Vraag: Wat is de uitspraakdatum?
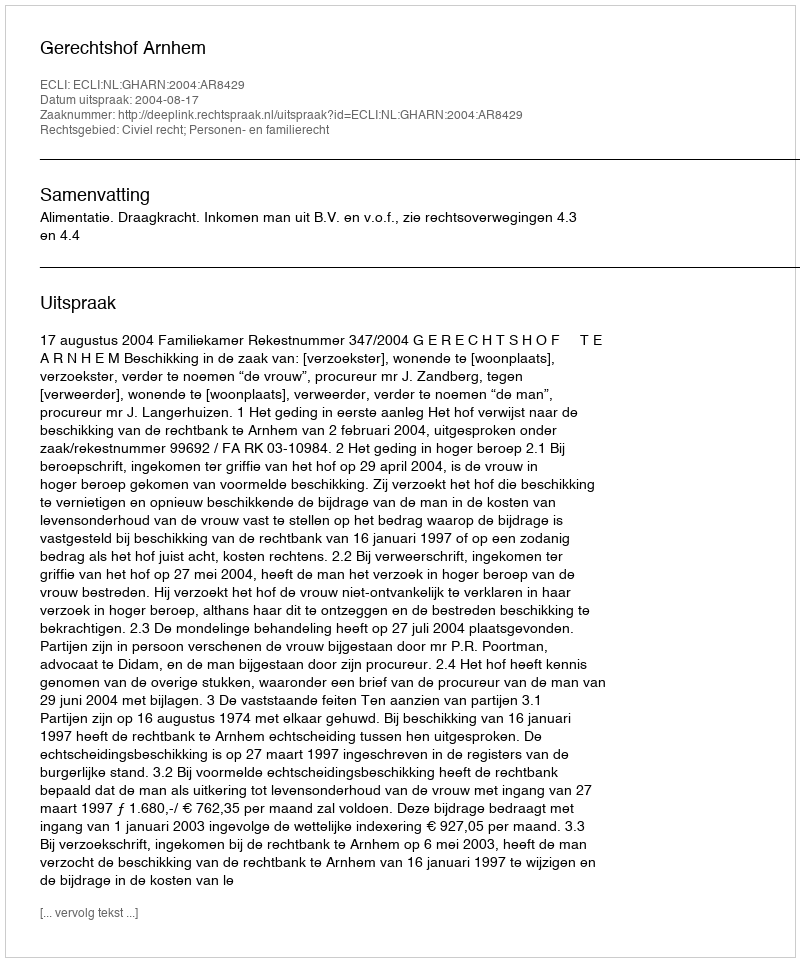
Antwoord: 2004-08-17